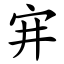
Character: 宑